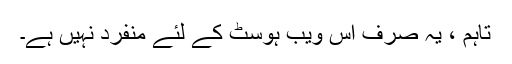
تاہم ، یہ صرف اس ویب ہوسٹ کے لئے منفرد نہیں ہے۔